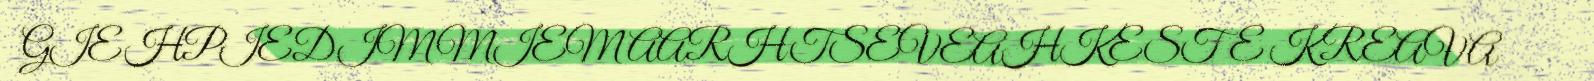
GIEHPIEDIMMIEM AARHTSEVEAHKESTE KREAVA